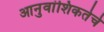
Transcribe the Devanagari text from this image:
आनुवांशिकतेचे